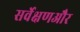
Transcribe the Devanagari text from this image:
सर्वेक्षणऔर